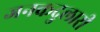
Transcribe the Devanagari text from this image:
जनकदुलारी